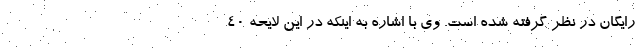
رایگان در نظر گرفته شده است. وی با اشاره به اینکه در این لایحه ۴۰